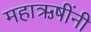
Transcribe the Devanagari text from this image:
महाऋषींनी